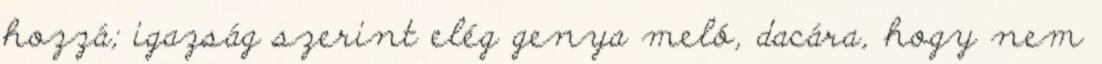
hozzá; igazság szerint elég genya meló, dacára, hogy nem